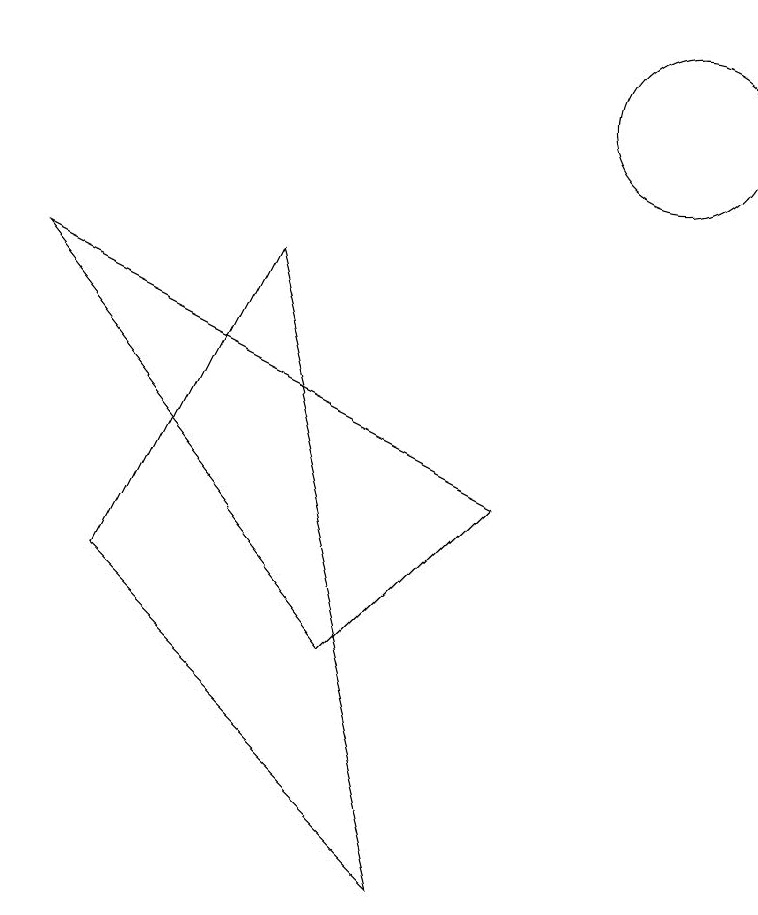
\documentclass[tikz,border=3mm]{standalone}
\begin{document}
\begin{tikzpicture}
\draw (11,11) circle (1);
\draw (8,1) -- (6,9) -- (4,5) -- cycle;
\draw (7,4) -- (9,6) -- (3,9) -- cycle;
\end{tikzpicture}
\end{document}